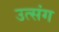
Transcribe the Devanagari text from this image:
उत्संग